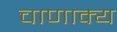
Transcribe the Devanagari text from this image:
चाणाक्य